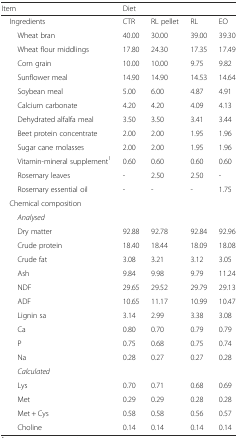
| Item | <COLSPAN=4> Diet |
 | --- | --- | --- | --- | --- |
 | Ingredients | CTR | RL pellet | RL | EO |
 | Wheat bran | 40.00 | 30.00 | 39.00 | 39.30 |
 | Wheat flour middlings | 17.80 | 24.30 | 17.35 | 17.49 |
 | Corn grain | 10.00 | 10.00 | 9.75 | 9.82 |
 | Sunflower meal | 14.90 | 14.90 | 14.53 | 14.64 |
 | Soybean meal | 5.00 | 6.00 | 4.87 | 4.91 |
 | Calcium carbonate | 4.20 | 4.20 | 4.09 | 4.13 |
 | Dehydrated alfalfa meal | 3.50 | 3.50 | 3.41 | 3.44 |
 | Beet protein concentrate | 2.00 | 2.00 | 1.95 | 1.96 |
 | Sugar cane molasses | 2.00 | 2.00 | 1.95 | 1.96 |
 | Vitamin-mineral supplement1 | 0.60 | 0.60 | 0.60 | 0.60 |
 | Rosemary leaves | - | 2.50 | 2.50 | - |
 | Rosemary essential oil | - | - | - | 1.75 |
 | Chemical composition |  |  |  |  |
 | Analysed |  |  |  |  |
 | Dry matter | 92.88 | 92.78 | 92.84 | 92.96 |
 | Crude protein | 18.40 | 18.44 | 18.09 | 18.08 |
 | Crude fat | 3.08 | 3.21 | 3.12 | 3.05 |
 | Ash | 9.84 | 9.98 | 9.79 | 11.24 |
 | NDF | 29.65 | 29.52 | 29.79 | 29.13 |
 | ADF | 10.65 | 11.17 | 10.99 | 10.47 |
 | Lignin sa | 3.14 | 2.99 | 3.38 | 3.08 |
 | Ca | 0.80 | 0.70 | 0.79 | 0.79 |
 | P | 0.75 | 0.68 | 0.75 | 0.74 |
 | Na | 0.28 | 0.27 | 0.27 | 0.28 |
 | Calculated |  |  |  |  |
 | Lys | 0.70 | 0.71 | 0.68 | 0.69 |
 | Met | 0.29 | 0.29 | 0.28 | 0.28 |
 | Met + Cys | 0.58 | 0.58 | 0.56 | 0.57 |
 | Choline | 0.14 | 0.14 | 0.14 | 0.14 |